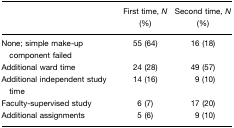
<table><thead><tr><td></td><td><b>First time, <i>N</i> (%)</b></td><td><b>Second time, <i>N</i> (%)</b></td></tr></thead><tbody><tr><td>None; simple make-up component failed</td><td>55 (64)</td><td>16 (18)</td></tr><tr><td>Additional ward time</td><td>24 (28)</td><td>49 (57)</td></tr><tr><td>Additional independent study time</td><td>14 (16)</td><td>9 (10)</td></tr><tr><td>Faculty-supervised study</td><td>6 (7)</td><td>17 (20)</td></tr><tr><td>Additional assignments</td><td>5 (6)</td><td>9 (10)</td></tr></tbody></table>